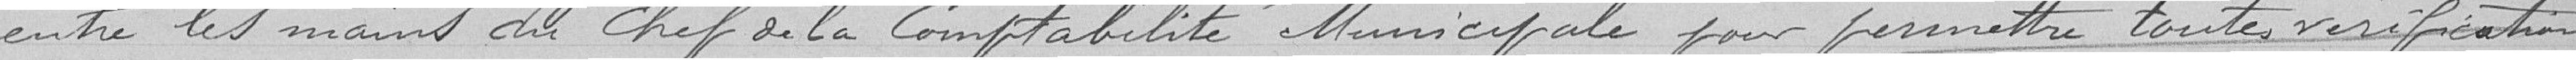
entre les mains du Chef de la comptabilité Municipale pour permettre toutes vérifications